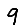
Digit: 9